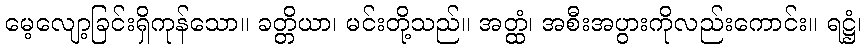
မေ့လျော့ခြင်းရှိကုန်သော။ ခတ္တိယာ၊ မင်းတို့သည်။ အတ္ထံ၊ အစီးအပွားကိုလည်းကောင်း။ ရဋ္ဌံ၊